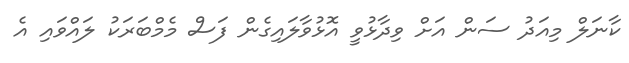
ކާނަލް މިއަދު ސަން އަށް ވިދާޅުވީ އޮޅުވާލައިގެން ފަސް މެމްބަރަކު ލައްވައި އެ